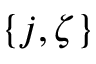
\{ j , \zeta \}